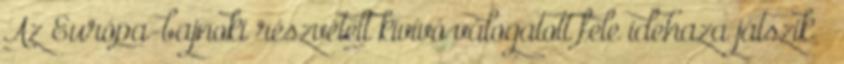
Az Európa-bajnoki részvételt kivívó válogatott fele idehaza játszik –